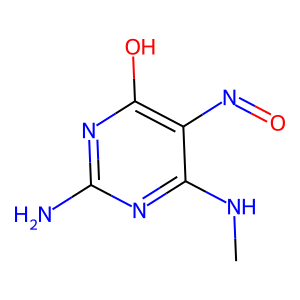
SMILES: CNc1nc(N)nc(O)c1N=O
Inhibits HIV replication: No